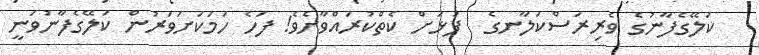
ކަލޭގެފާނުގެ ވެރިރަސްކަލާނގެ  ފުޅަށް ކެތްކުރައްވާށެވެ! ފަހެ ހަމަކަށަވަރުން ކަލޭގެފާނުވަނީ